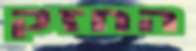
החזק